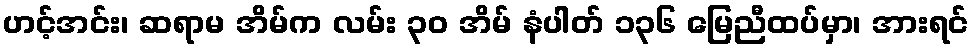
ဟင့်အင်း၊ ဆရာမ အိမ်က လမ်း ၃၀ အိမ် နံပါတ် ၁၃၆ မြေညီထပ်မှာ၊ အားရင်